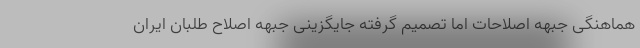
هماهنگی جبهه اصلاحات اما تصمیم گرفته جایگزینی جبهه اصلاح طلبان ایران